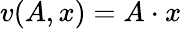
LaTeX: v(A,x)=A\cdot x